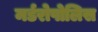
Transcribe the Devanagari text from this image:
मर्डरोपोलिस